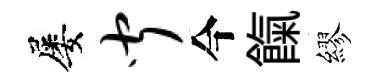
屡闻今餼繆